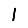
Digit: 1